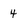
Character: 4